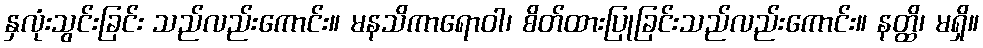
နှလုံးသွင်းခြင်း သည်လည်းကောင်း။ မနသိကာရောဝါ၊ စိတ်ထားပြုခြင်းသည်လည်းကောင်း။ နတ္ထိ၊ မရှိ။